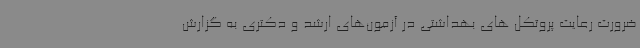
ضرورت رعایت پروتکل های بهداشتی در آزمون‌های ارشد و دکتری به گزارش